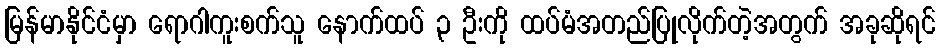
မြန်မာနိုင်ငံမှာ ရောဂါကူးစက်သူ နောက်ထပ် ၃ ဦးကို ထပ်မံအတည်ပြုလိုက်တဲ့အတွက် အခုဆိုရင်